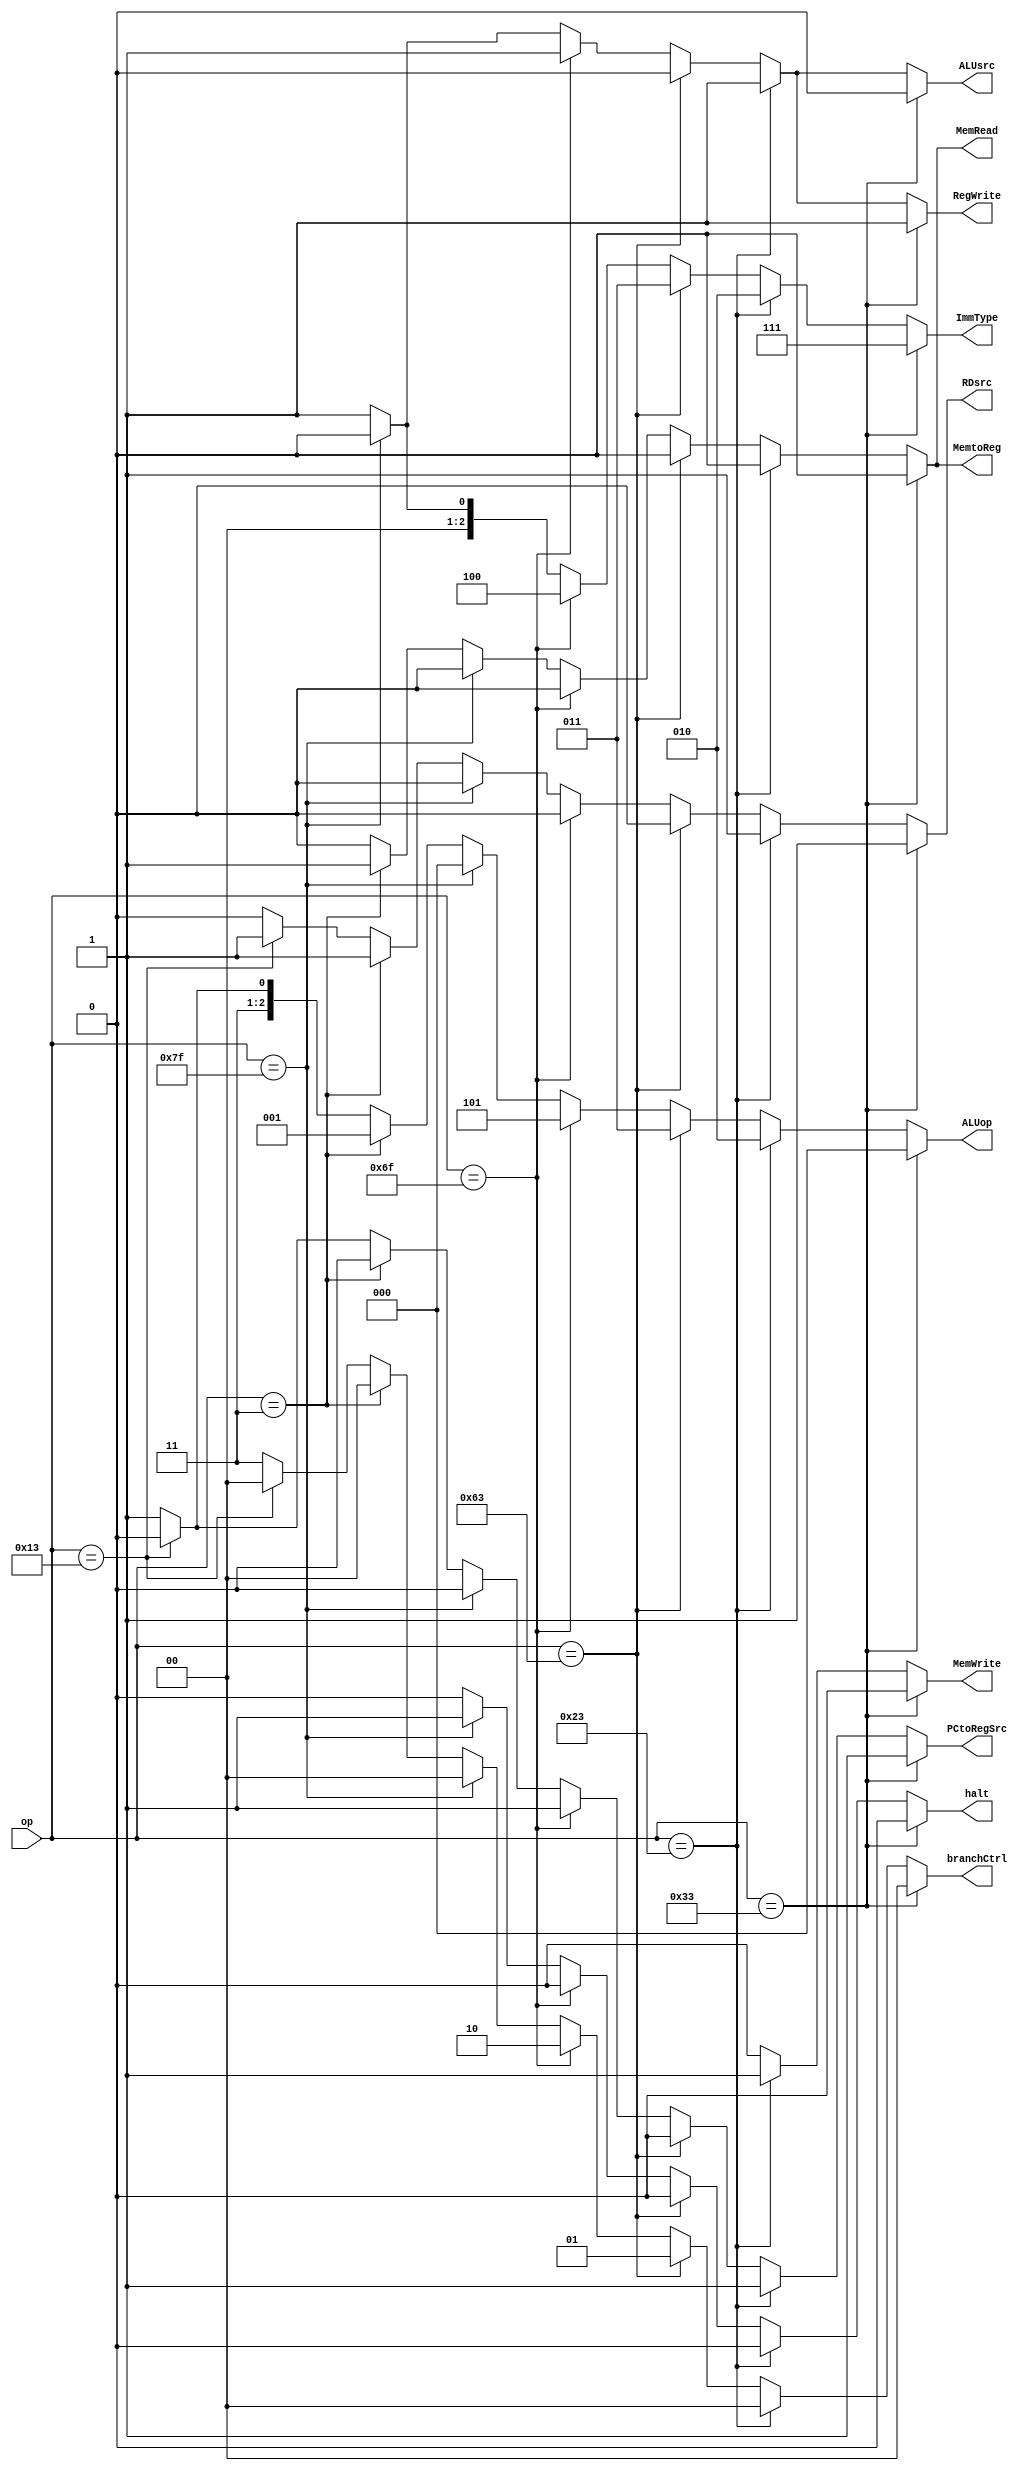
module control_unit(op, RegWrite, ALUop, ALUsrc, branchCtrl, PCtoRegSrc, RDsrc, MemRead, MemWrite, MemtoReg, ImmType, halt);

input [6:0]op;
output reg RegWrite;
output reg [2:0]ALUop;
output reg ALUsrc;
output reg [1:0]branchCtrl;
output reg PCtoRegSrc;
output reg RDsrc;
output reg MemWrite;
output reg MemRead;
output reg MemtoReg;
output reg [2:0]ImmType;
output reg halt;

always @(op)
begin
if(op==7'b0110011)
begin //R type
halt = 0;
RegWrite = 1;
ALUop = 3'b000;
ALUsrc = 0;
branchCtrl = 0; //dont care
PCtoRegSrc = 1; //dont care
RDsrc = 1;
MemRead = 0;
MemWrite = 0;
MemtoReg = 0;
ImmType = 3'b111;
end

else if(op==7'b0100011)
begin //S type
halt = 0;
RegWrite = 1;
ALUop = 3'b010;
ALUsrc = 1;
branchCtrl = 0; //dont care
PCtoRegSrc = 1; //dont care
RDsrc = 1; //dont care
MemRead = 0;
MemWrite = 1;
MemtoReg = 0; //dont care
ImmType = 3'b010;
end

else if(op==7'b1100011)
begin //B type
halt = 0;
RegWrite = 0;
ALUop = 3'b011;
ALUsrc = 0;
branchCtrl = 1; 
PCtoRegSrc = 0; 
RDsrc = 0; 
MemRead = 0;
MemWrite = 0;
MemtoReg = 0; //dont care
ImmType = 3'b011;
end

else if(op==7'b1101111)
begin //J type
halt = 0;
RegWrite = 1;
ALUop = 3'b101;
ALUsrc = 1;
branchCtrl = 2; 
PCtoRegSrc = 1; 
RDsrc = 0; 
MemRead = 0;
MemWrite = 0;
MemtoReg = 0; //dont care
ImmType = 3'b100;
end

else if(op==7'b1111111)
begin
halt = 1;
RegWrite = 0;
ALUop = 3'b000;
ALUsrc = 0;
branchCtrl = 0; //dont care
PCtoRegSrc = 0; //dont care
RDsrc = 0; //dont care
MemRead = 0;
MemWrite = 0;
MemtoReg = 0; //dont care
ImmType = 3'b000;
end

else
begin //I type
if(op==7'b0000011)
begin
halt = 0;
RegWrite = 1;
ALUop = 3'b001;
ALUsrc = 1;
branchCtrl = 0; //dont care
PCtoRegSrc = 0; //dont care
RDsrc = 1; 
MemRead = 1;
MemWrite = 0;
MemtoReg = 1; //dont care
ImmType = 3'b001;
end

else if(op==7'b0010011) 
begin
halt = 0;
RegWrite = 1;
ALUop = 3'b110;
ALUsrc = 1;
branchCtrl = 0; //dont care
PCtoRegSrc = 0; //dont care
RDsrc = 1; 
MemRead = 0;
MemWrite = 0;
MemtoReg = 0; 
ImmType = 3'b001;
end

else
begin
halt = 0;
RegWrite = 1;
ALUop = 3'b111;
ALUsrc = 1;
branchCtrl = 3; 
PCtoRegSrc = 1; 
RDsrc = 0; 
MemRead = 0;
MemWrite = 0;
MemtoReg = 0; 
ImmType = 3'b001;
end
end
end
endmodule